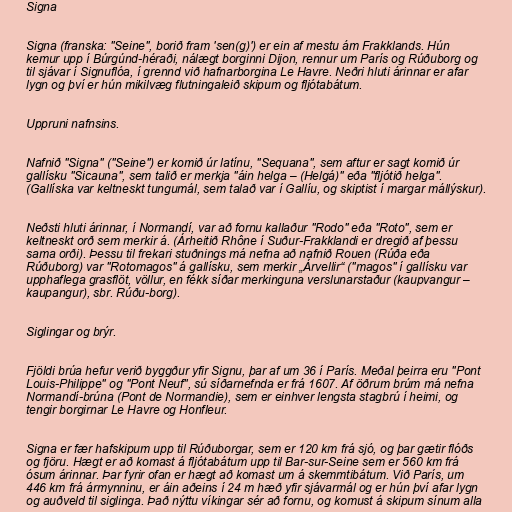
Signa

Signa (franska: "Seine", borið fram 'sen(g)') er ein af mestu ám Frakklands. Hún
kemur upp í Búrgúnd-héraði, nálægt borginni Dijon, rennur um París og Rúðuborg og
til sjávar í Signuflóa, í grennd við hafnarborgina Le Havre. Neðri hluti árinnar er afar
lygn og því er hún mikilvæg flutningaleið skipum og fljótabátum.

Uppruni nafnsins.

Nafnið "Signa" ("Seine") er komið úr latínu, "Sequana", sem aftur er sagt komið úr
gallísku "Sicauna", sem talið er merkja "áin helga – (Helgá)" eða "fljótið helga".
(Gallíska var keltneskt tungumál, sem talað var í Gallíu, og skiptist í margar mállýskur).

Neðsti hluti árinnar, í Normandí, var að fornu kallaður "Rodo" eða "Roto", sem er
keltneskt orð sem merkir á. (Árheitið Rhône í Suður-Frakklandi er dregið af þessu
sama orði). Þessu til frekari stuðnings má nefna að nafnið Rouen (Rúða eða
Rúðuborg) var "Rotomagos" á gallísku, sem merkir „Árvellir“ ("magos" í gallísku var
upphaflega grasflöt, völlur, en fékk síðar merkinguna verslunarstaður (kaupvangur –
kaupangur), sbr. Rúðu-borg).

Siglingar og brýr.

Fjöldi brúa hefur verið byggður yfir Signu, þar af um 36 í París. Meðal þeirra eru "Pont
Louis-Philippe" og "Pont Neuf", sú síðarnefnda er frá 1607. Af öðrum brúm má nefna
Normandí-brúna (Pont de Normandie), sem er einhver lengsta stagbrú í heimi, og
tengir borgirnar Le Havre og Honfleur.

Signa er fær hafskipum upp til Rúðuborgar, sem er 120 km frá sjó, og þar gætir flóðs
og fjöru. Hægt er að komast á fljótabátum upp til Bar-sur-Seine sem er 560 km frá
ósum árinnar. Þar fyrir ofan er hægt að komast um á skemmtibátum. Við París, um
446 km frá ármynninu, er áin aðeins í 24 m hæð yfir sjávarmál og er hún því afar lygn
og auðveld til siglinga. Það nýttu víkingar sér að fornu, og komust á skipum sínum alla